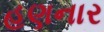
હણનાર